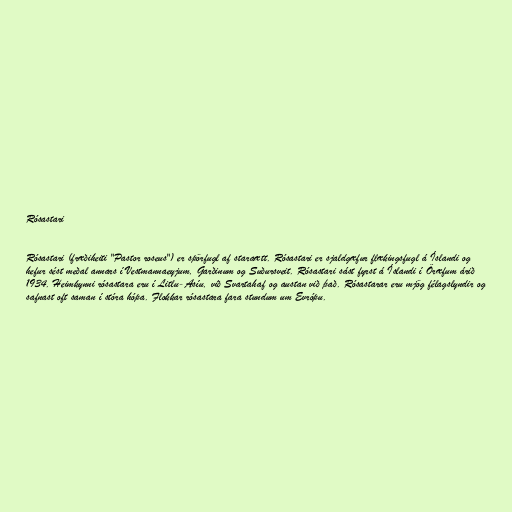
Rósastari

Rósastari (fræðiheiti "Pastor roseus") er spörfugl af staraætt. Rósastari er sjaldgæfur flækingsfugl á Íslandi og
hefur sést meðal annars í Vestmannaeyjum, Garðinum og Suðursveit. Rósastari sást fyrst á Íslandi í Öræfum árið
1934. Heimkynni rósastara eru í Litlu-Asíu, við Svartahaf og austan við það. Rósastarar eru mjög félagslyndir og
safnast oft saman í stóra hópa. Flokkar rósastara fara stundum um Evrópu.